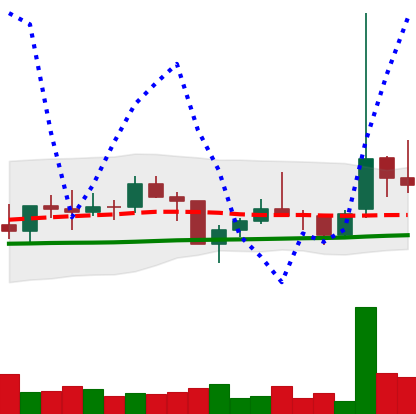
Ticker: TRX-USD
Chart end date: 2021-01-31
Forward return: 14.723%
Label: up_7plus